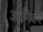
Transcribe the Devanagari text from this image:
अरणिकर